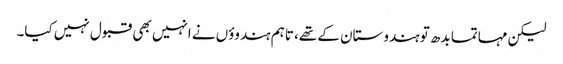
لیکن مہاتما بدھ تو ہندوستان کے تھے، تاہم ہندوؤں نے انہیں بھی قبول نہیں کیا۔